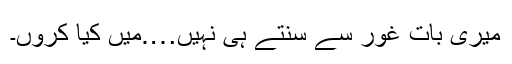
میری بات غور سے سنتے ہی نہیں….میں کیا کروں۔